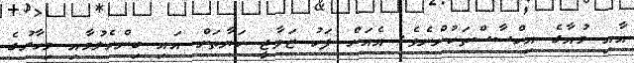
އާއި މުއާގެ އިހްސާސްތަކުންނެވެ. އެއަށް ފަހު ޒަވާޖީ ހަޔާތަށް އައި ބިންހެލުމާއި މިހާރުގެ